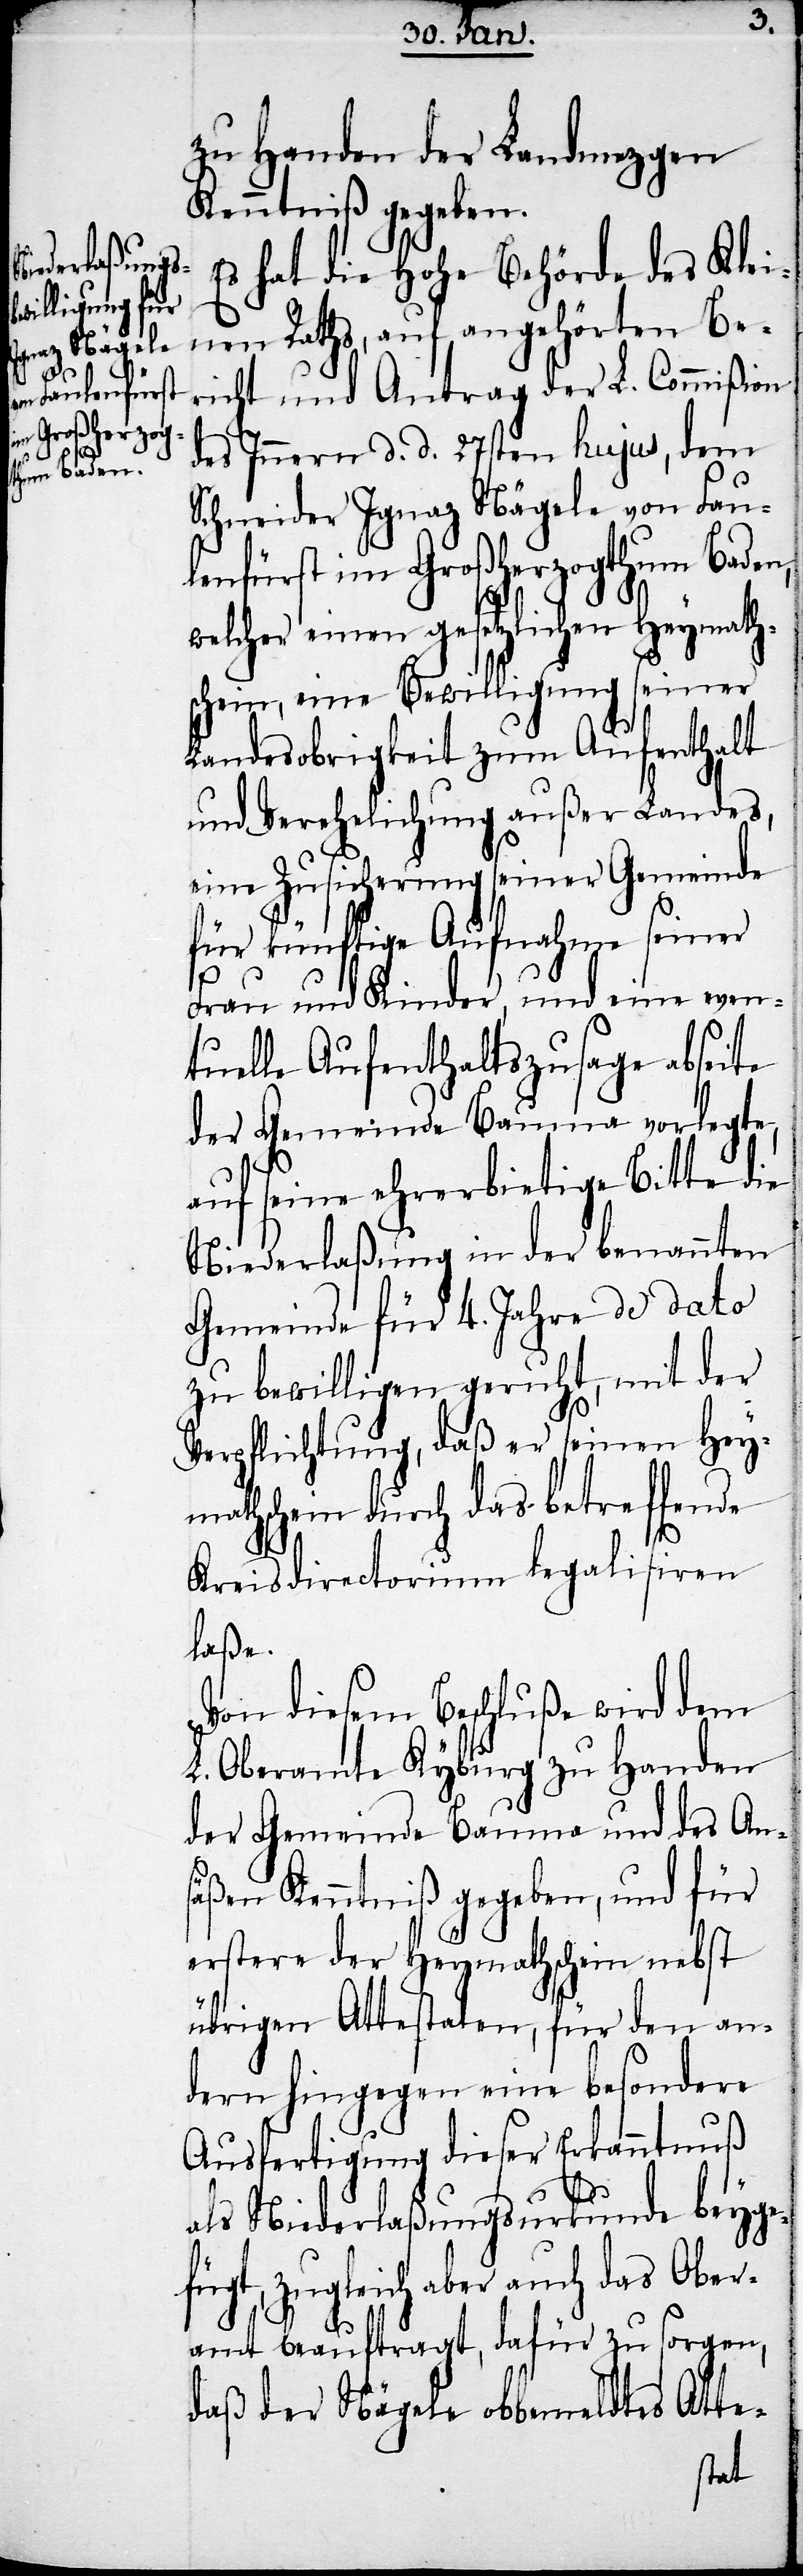
zu Handen der Landmezgen
Kenntniß gegeben.
Es hat die Hohe Behörde des Klei¬
nen Raths, auf angehörten Be¬
richt und Antrag der L. Commißion
des Innern d. d. 27sten hujus, dem
Schneider Ignaz Nägele von Fau¬
lenfürst im Großherzogthum Baden,
welcher einen gesetzlichen Heymath¬
schein, eine Bewilligung seiner
Landesobrigkeit zum Aufenthalt
und Verehelichung außer Landes,
eine Zusicherung seiner Gemeinde
für künftige Aufnahme seiner
Frau und Kinder, und eine even¬
tuelle Aufenthaltszusage absei¬
der Gemeinde Bauma vorlegte,
auf seine ehrerbietige Bitte die
Niederlaßung in der benannten
Gemeinde für 4. Jahre de dato
zu bewilligen geruht, mit der
Verpflichtung, daß er seinen Hey¬
mathschein durch das betreffende
Kreisdirectorium legalisiren
laße.
Von diesem Beschluße wird dem
L. Oberamte Kyburg zu Handen
der Gemeinde Bauma und des An¬
säßen Kenntniß gegeben, und für
erstere der Heymathschein nebst
übrigen Attestaten, für den an¬
dern hingegen eine besondere
Ausfertigung dieser Erkanntnuß
als Niederlaßungsurkunde beyge¬
fügt, zugleich aber auch das Ober¬
amt beauftragt, dafür zu sorgen,
daß der Nägele obbemeldtes Atte-
te